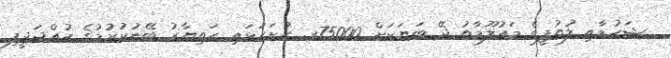
ޝަހުމާއި ލުތުފީގެ މައުލޫމާތު ދޭ ބަޔަކަށް 75000ރ. ހުށަހަޅައި ހަތިޔާރު ބޭނުކުރުމުގެ ހުއްދަދީފި